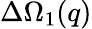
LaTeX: \Delta\Omega_{1}(q)